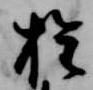
権